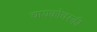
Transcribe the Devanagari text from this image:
चायकोवस्की